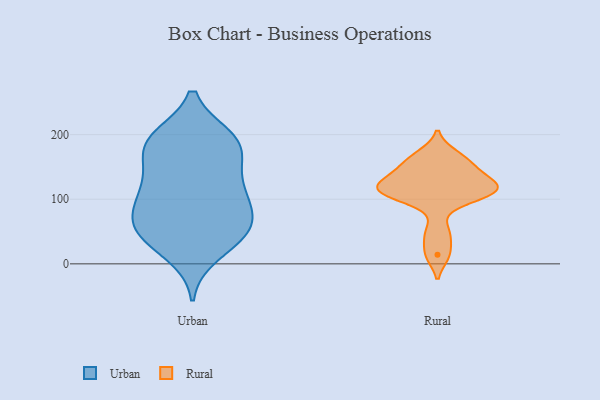
{"axis": {"x": "LTV (USD)", "y": "Value"}, "legend": ["Rural", "Urban"], "data": [{"x": "", "y": 181, "type": "Urban"}, {"x": "", "y": 118, "type": "Urban"}, {"x": "", "y": 51, "type": "Urban"}, {"x": "", "y": 78, "type": "Urban"}, {"x": "", "y": 65, "type": "Urban"}, {"x": "", "y": 46, "type": "Urban"}, {"x": "", "y": 195, "type": "Urban"}, {"x": "", "y": 69, "type": "Urban"}, {"x": "", "y": 115, "type": "Urban"}, {"x": "", "y": 144, "type": "Urban"}, {"x": "", "y": 168, "type": "Urban"}, {"x": "", "y": 50, "type": "Urban"}, {"x": "", "y": 15, "type": "Urban"}, {"x": "", "y": 36, "type": "Urban"}, {"x": "", "y": 106, "type": "Urban"}, {"x": "", "y": 183, "type": "Urban"}, {"x": "", "y": 193, "type": "Urban"}, {"x": "", "y": 195, "type": "Urban"}, {"x": "", "y": 105, "type": "Urban"}, {"x": "", "y": 123, "type": "Rural"}, {"x": "", "y": 112, "type": "Rural"}, {"x": "", "y": 169, "type": "Rural"}, {"x": "", "y": 147, "type": "Rural"}, {"x": "", "y": 14, "type": "Rural"}, {"x": "", "y": 48, "type": "Rural"}, {"x": "", "y": 102, "type": "Rural"}, {"x": "", "y": 127, "type": "Rural"}, {"x": "", "y": 110, "type": "Rural"}, {"x": "", "y": 155, "type": "Rural"}, {"x": "", "y": 117, "type": "Rural"}]}